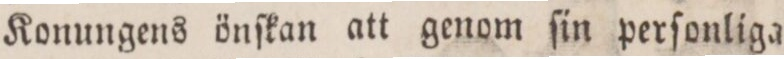
Konungens önſkan att genom ſin perſonliga